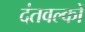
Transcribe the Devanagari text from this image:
दंतवल्कों